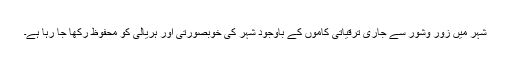
شہر میں زور وشور سے جاری ترقیاتی کاموں کے باوجود شہر کی خوبصورتی اور ہریالی کو محفوظ رکھا جا رہا ہے۔